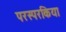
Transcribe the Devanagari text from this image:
परस्परकिया